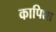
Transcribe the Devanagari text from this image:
कापिशा